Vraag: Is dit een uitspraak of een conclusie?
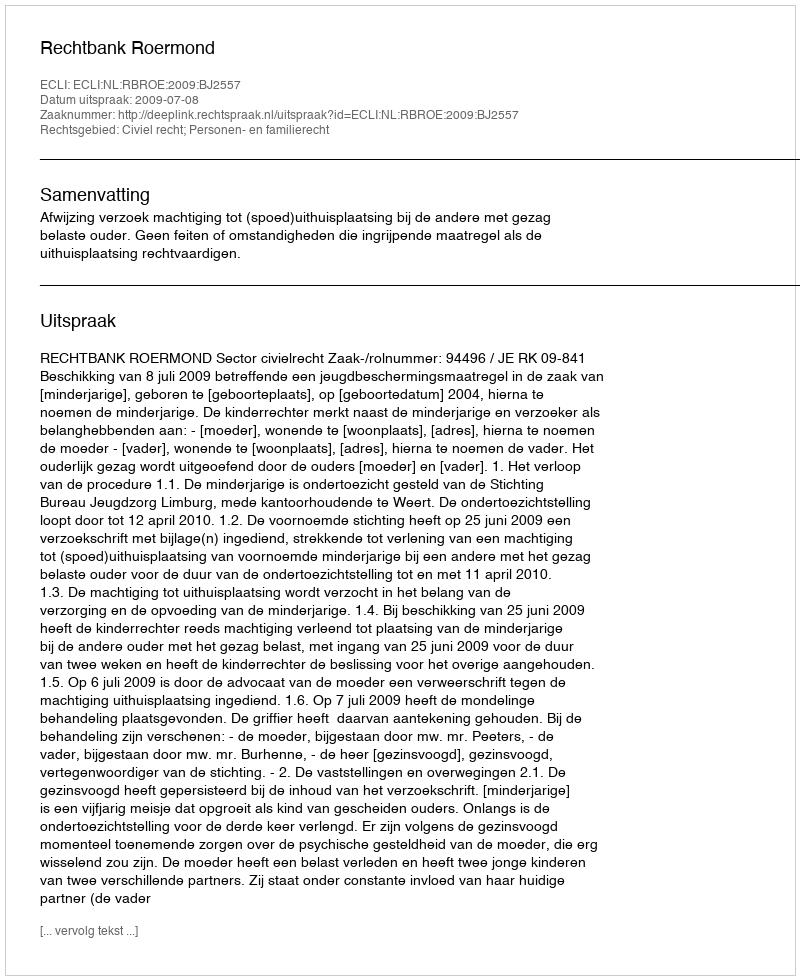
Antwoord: Uitspraak